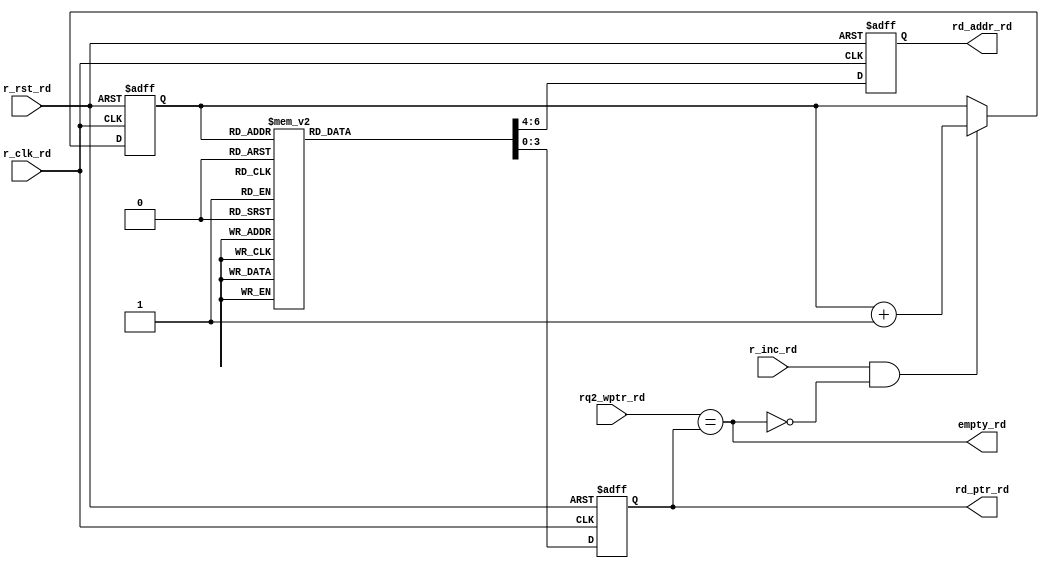
/*module FIFO_RD # (
    
    parameter DATA_WIDTH = 8,parameter MEM_DEPTH=8
    , parameter ADDR_WIDTH=3)*/

module FIFO_RD(
 
    input  wire           r_inc_rd,
    input  wire           r_rst_rd, 
    input  wire           r_clk_rd,
    input  wire  [3:0]    rq2_wptr_rd,
    output wire           empty_rd,
    output reg   [2:0]    rd_addr_rd,
    output  reg  [3:0]    rd_ptr_rd
);
 
 //internal connections
 
 reg [3:0] ptr_internal;
 
always @(posedge r_clk_rd or negedge r_rst_rd)
       begin
         if(!r_rst_rd)
           begin
            ptr_internal<=0; 
           end
         else if(r_inc_rd && !empty_rd)
           begin
            ptr_internal<=ptr_internal+1; 
           end
         else
           begin
             
           end
       end
/////////////////////////////////////////////
//assign rd_addr_rd=ptr_internal[2:0];
always @(posedge r_clk_rd or negedge r_rst_rd)
       begin
         if(!r_rst_rd)
           begin
            rd_ptr_rd<=0;
             rd_addr_rd<=0;
           end
         else 
           begin
         case(ptr_internal)
           4'b0000:begin
             rd_ptr_rd<=4'b0000;
             rd_addr_rd<=3'b000;
           end
           4'b0001:begin
             rd_ptr_rd<=4'b0001;
             rd_addr_rd<=3'b001;
           end
           4'b0010:begin
             rd_ptr_rd<=4'b0011;
             rd_addr_rd<=3'b010;
           end
           4'b0011:begin
             rd_ptr_rd<=4'b0010;
             rd_addr_rd<=3'b011;
           end
           4'b0100:begin
             rd_ptr_rd<=4'b0110;
             rd_addr_rd<=3'b100;
           end
           4'b0101:begin
             rd_ptr_rd<=4'b0111;
             rd_addr_rd<=3'b101;
           end
           4'b0110:begin
             rd_ptr_rd<=4'b0101;
             rd_addr_rd<=3'b110;
           end
           4'b0111:begin
             rd_ptr_rd<=4'b0100;
             rd_addr_rd<=3'b111;
           end
           4'b1000:begin
             rd_ptr_rd<=4'b1100;
             rd_addr_rd<=3'b000;
           end
           4'b1001:begin
             rd_ptr_rd<=4'b1101;
             rd_addr_rd<=3'b001;
           end
           4'b1010:begin
             rd_ptr_rd<=4'b1111;
             rd_addr_rd<=3'b010;
           end
           4'b1011:begin
             rd_ptr_rd<=4'b1110;
             rd_addr_rd<=3'b011;
           end
           4'b1100:begin
             rd_ptr_rd<=4'b1010;
             rd_addr_rd<=3'b100;
           end
           4'b1101:begin
             rd_ptr_rd<=4'b1011;
             rd_addr_rd<=3'b101;
           end
           4'b1110:begin
             rd_ptr_rd<=4'b1001;
             rd_addr_rd<=3'b110;
           end
           4'b1111:begin
             rd_ptr_rd<=4'b1000;
             rd_addr_rd<=3'b111;
           end
         endcase
       end
       end
    //////////////////////////////////////////////   
       assign empty_rd=(rq2_wptr_rd==rd_ptr_rd);
  
endmodule